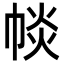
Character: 𢃔